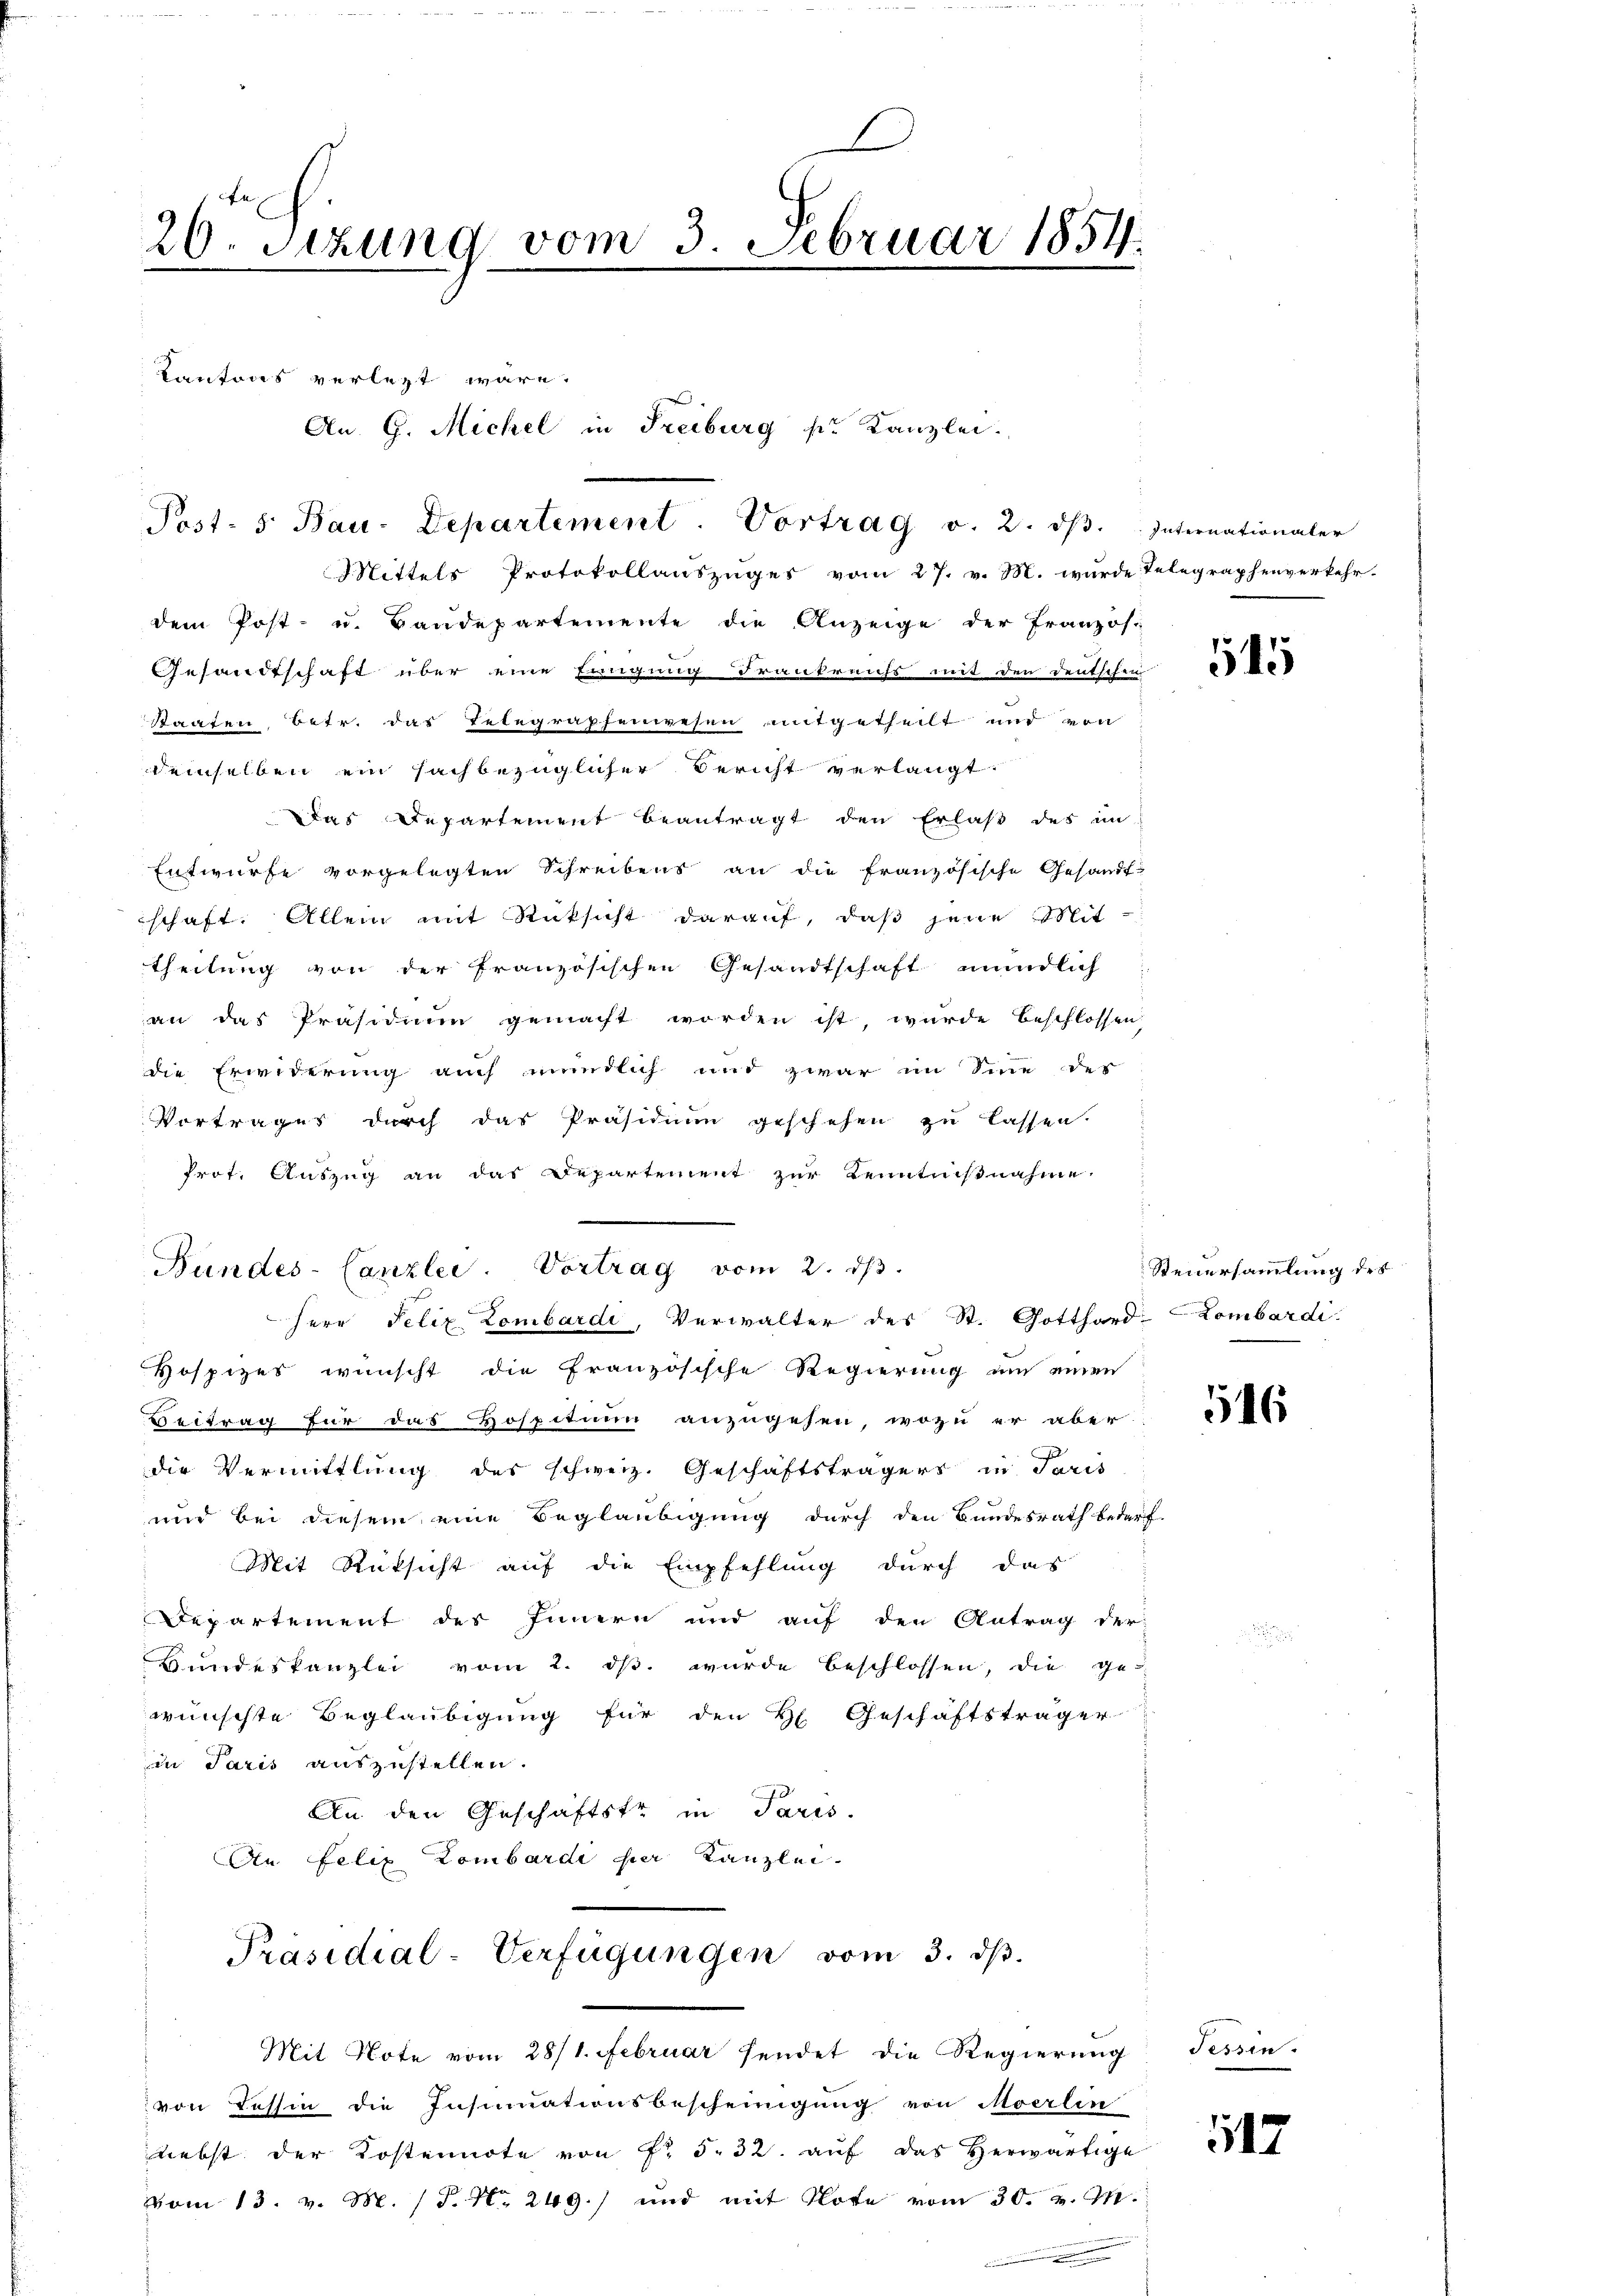
E
26. Sizung vom 3. Februar 1854.

Post- 5. Bau-Departement. Vortrag v. 2. dβ. Internationaler

Cantons verlezt wäre.

Mittels Protokollauszuges vom 27. v. M. wurde Telegraphenverkehr-
dem Post- u. Baudepartemente die Anzeige der Französi
Gesandtschaft über eine Eingung Frankreichs mit den Deutschen
Staaten, Betr. das Telegrapfenwesen mitgetheilt und von
demselben ein sachbezüglicher Bericht verlangt.
Das Departement beantragt den Erlaβ des in
Entwurfe vorgelegten Schreibens an die Französische Gesandt-
schaft. Allein mit Rücksicht darauf, daß jene Mit
theilung von der französischen Gesandtschaft mündlich
an das Präsidium gemacht worden ist, wurde beschlossen,
die Erwiderung auch mündlich und zwar im Sinne der
Vortrages durch das Präsidium geschehen zu lassen.
Prot. Auszug an das Departement zur Kenntnißnahme
Herr Felix Lombardi, Verwalter des St. Gotthard-Lombardi.
Hospizes wünscht die französische Regierung um einen
Eintrag für das Hospitium anzugehen, wozu er aber
die Vermittlung des schweiz. Geschäftsträgers in Paris
und bei diesem eine Beglaubigung durch den Bundesrath bedarf.
Mit Rüksicht auf die Empfehlung durch das
Departement des Innern und auf den Antrag der
Bundeskanzlei vom 2. ds. wurde beschlossen, die ge
wünschte Beglaubigung für den H. Geschäftsträger
in Paris auszustellen.
An den Geschäftste in Paris.
An Felix Lombardi per Kanzlei
Präsidial-Verfügungen vom 3. dβ.
Mit Note vom 28/1. Februar sendet die Regierŭng Tessin.
von Tessin die Insinuationsbescheinigung von Moerlin
nebst der Kostennote von Fr. 5. 32. aŭf das herwärtige
vom 13. v. M. P. Nr. 249.) und mit Note vom 30. v. M.
Bunden einen eine einen einen

Bundes-Canzlei. Vortrag vom 2. dβ.

An. G. Michel in Freiburg pr. Kanzlei.

Steuersammlung des

545

516

117